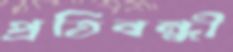
প্রতিবন্ধী